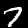
Digit: 7